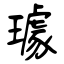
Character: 璩